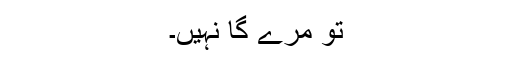
تُو مَرے گا نہیں۔